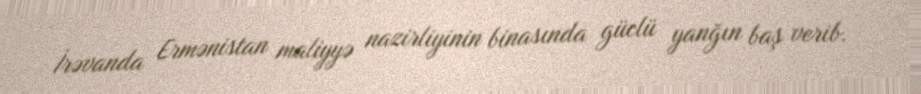
İrəvanda Ermənistan maliyyə nazirliyinin binasında güclü yanğın baş verib.